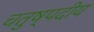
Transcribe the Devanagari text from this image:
चतुष्पदीय